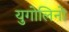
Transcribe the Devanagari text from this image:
युगोलिनो